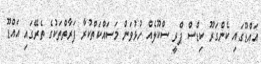
އައްޑޫގައި ކެންގަރޫ ކިޑްސް ޕްރީ ސްކޫލެއް ހުޅުވަން މަސައްކަތްކުރާ ފަރާތްތަކުގެ ތެރޭގައި އައްޑޫ